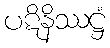
ပဋိနိဿဋ္ဌံ